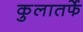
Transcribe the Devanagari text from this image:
कुलातर्फे